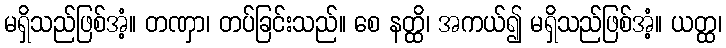
မရှိသည်ဖြစ်အံ့။ တဏှာ၊ တပ်ခြင်းသည်။ စေ နတ္ထိ၊ အကယ်၍ မရှိသည်ဖြစ်အံ့။ ယတ္ထ၊